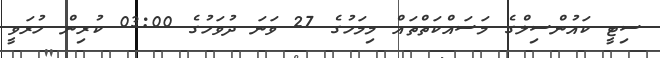
ސިޓީ ކައުންސިލްގެ މަސައްކަތްތައް މިމަހުގެ 27 ވަނަ ދުވަހުގެ 03:00 ކުރިން ހުރަވީ